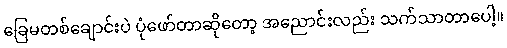
ခြေမတစ်ချောင်းပဲ ပုံဖော်တာဆိုတော့ အညောင်းလည်း သက်သာတာပေါ့။